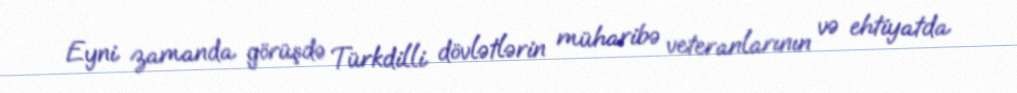
Eyni zamanda görüşdə Türkdilli dövlətlərin müharibə veteranlarının və ehtiyatda